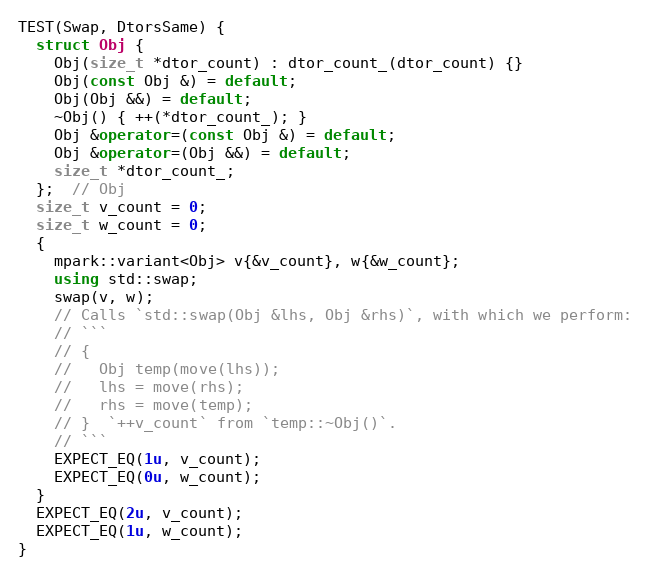
Language: C++
TEST(Swap, DtorsSame) {
  struct Obj {
    Obj(size_t *dtor_count) : dtor_count_(dtor_count) {}
    Obj(const Obj &) = default;
    Obj(Obj &&) = default;
    ~Obj() { ++(*dtor_count_); }
    Obj &operator=(const Obj &) = default;
    Obj &operator=(Obj &&) = default;
    size_t *dtor_count_;
  };  // Obj
  size_t v_count = 0;
  size_t w_count = 0;
  {
    mpark::variant<Obj> v{&v_count}, w{&w_count};
    using std::swap;
    swap(v, w);
    // Calls `std::swap(Obj &lhs, Obj &rhs)`, with which we perform:
    // ```
    // {
    //   Obj temp(move(lhs));
    //   lhs = move(rhs);
    //   rhs = move(temp);
    // }  `++v_count` from `temp::~Obj()`.
    // ```
    EXPECT_EQ(1u, v_count);
    EXPECT_EQ(0u, w_count);
  }
  EXPECT_EQ(2u, v_count);
  EXPECT_EQ(1u, w_count);
}